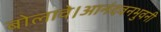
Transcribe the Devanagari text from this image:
बोलावे।आनंदवनभुवनी